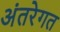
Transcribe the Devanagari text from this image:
अंतरेगत